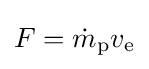
F={\dot {m}}_{\text{p}}v_{\text{e}}